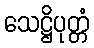
သေဋ္ဌိပုတ္တံ